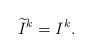
LaTeX: \begin{align*}\widetilde I^k=I^k.\end{align*}